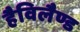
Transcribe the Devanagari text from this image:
हैविलैण्ड